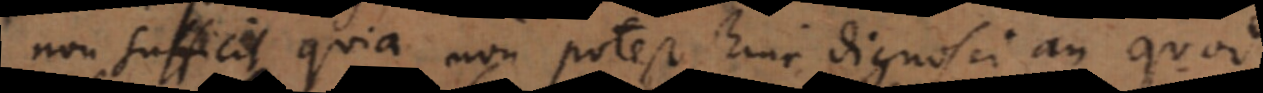
non sufficit quia non potest hinc dignosci an quod